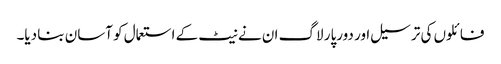
فائلوں کی ترسیل اور دورپار لاگ ان نے نیٹ کے استعمال کو آسان بنا دیا۔